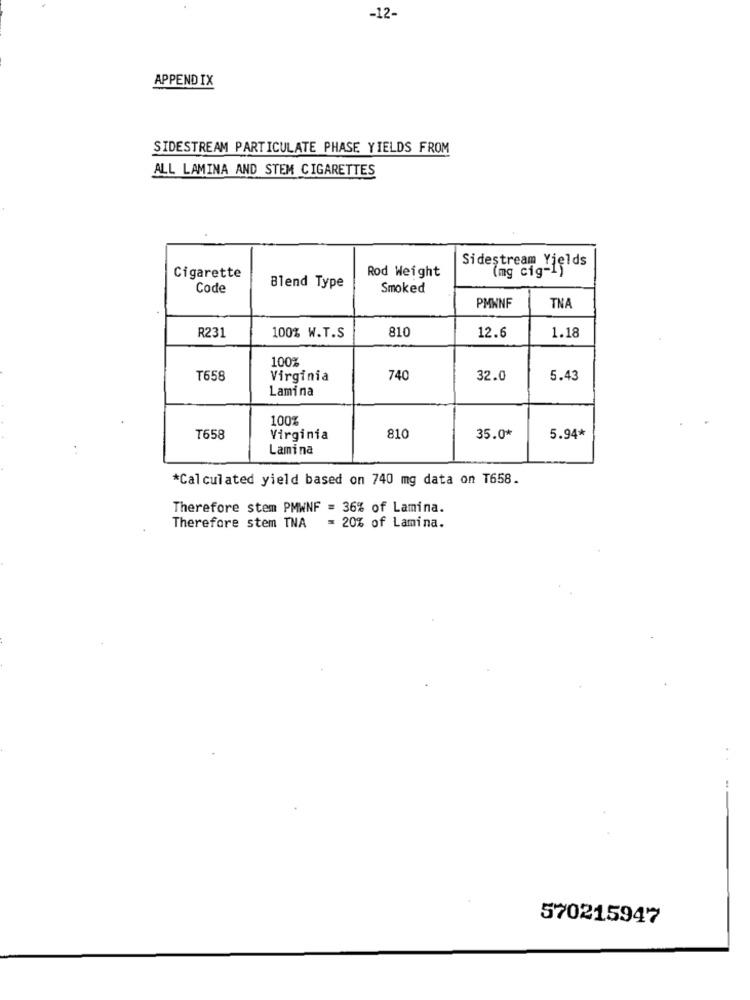
-12-
APPENDIX
SIDESTREAM PARTICULATE PHASE YIELDS FROM
ALL LAMINA AND STEM CIGARETTES
Rod Weight
Sidestream Yields
Cigarette
Code
Blend Type
Smoked
PMWNF
TNA
R231
810
100% W.T.S
12.6
1.18
100%
T658
Virginia
740
32.0
5.43
Lamina
100%
810
T658
Virginia
35.0*
5.94*
..
Lamina
*Calculated yield based on 740 mg data on T658.
Therefore stem PMWNF = 36% of Lamina.
Therefore stem TNA
= 20% of Lamina.
570215947